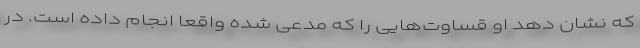
که نشان دهد او قساوت‌هایی را که مدعی شده واقعا انجام داده است. در